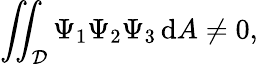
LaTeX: \iint_{\mathcal{D}}\Psi_{1}\Psi_{2}\Psi_{3}\, \mathrm{d}A\neq 0,